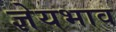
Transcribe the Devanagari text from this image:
ज्ञेयभाव